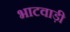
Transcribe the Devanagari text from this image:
भाटवाड़ी